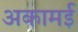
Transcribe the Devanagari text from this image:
अकामई